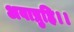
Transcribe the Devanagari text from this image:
अवाप्नुहि।।